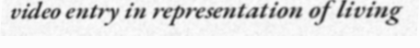
video entry in representation of living